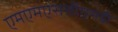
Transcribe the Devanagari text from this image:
एमएमएससीएमडी